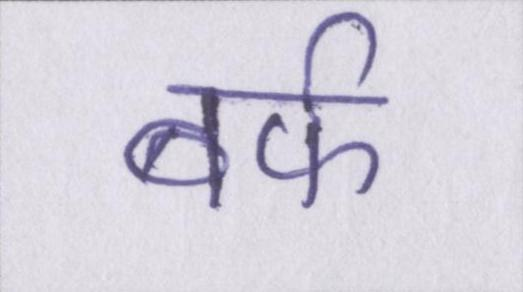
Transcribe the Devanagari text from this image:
बर्फ